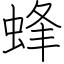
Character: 蜂